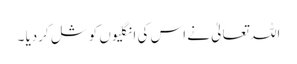
اللہ تعالیٰ نے اس کی انگلیوں کو شل کردیا ۔